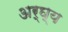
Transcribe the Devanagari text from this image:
अर्घ्य